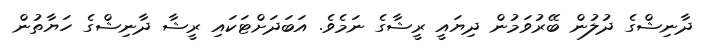
ދާނިޝްގެ ދުލުން ބޭރުވަމުން ދިޔައީ ރީޝާގެ ނަމެވެ. އަބަދަށްޓަކައި ރީޝާ ދާނިޝްގެ ހަޔާތުން